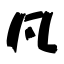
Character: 凡